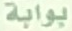
بوابة